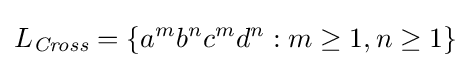
L_{\textit {Cross}}=\{a^{m}b^{n}c^{m}d^{n}:m\geq 1,n\geq 1\}